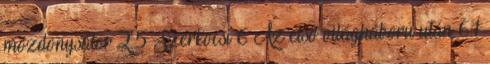
mozdonysátor 2.5 Szerkocsi 6 Az első világháború után 6.1